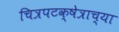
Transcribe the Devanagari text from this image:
चित्रपटक्षेत्राच्या